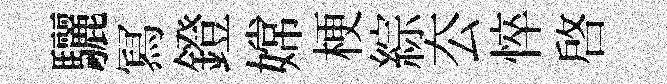
驪冩鐙嫦梗綜厺悴啓